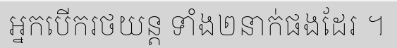
អ្នកបើករថយន្ត ទាំង២នាក់ផងដែរ ។